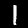
Label: 1